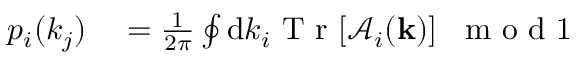
\begin{array} { r l } { p _ { i } ( k _ { j } ) } & { { } = \frac { 1 } { 2 \pi } \oint \mathrm { d } k _ { i } \mathrm { ~ T ~ r ~ } [ \mathcal { A } _ { i } ( { \bf k } ) ] \; \; \mathrm { ~ m ~ o ~ d ~ 1 ~ } } \end{array}